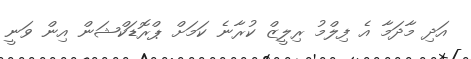
އަދި މާދަމާ އެ ފިލްމު ރިލީޒް ކުރާނެ ކަމަށް ޕްރޮޮޑަކްޝަން އިން ވަނީ